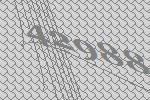
42988